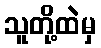
သူတို့ထဲမှ